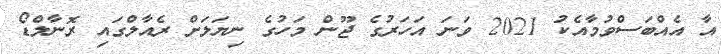
އާ އެއްބަސްވުމާއެކު 2021 ވަނަ އަހަރުގެ ޖޫން މަހުގެ ނިޔަލަށް ރެއާލްގައި ރޮނާލްޑޯ